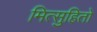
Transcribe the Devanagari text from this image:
मित्सुहितो